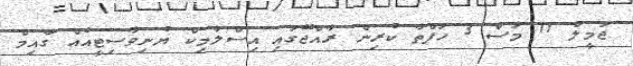
ޖަމީލް 11 މަސް 3 ހަފްތާ ކުރިން ރާއްޖޭގައި އިސްލާމިކް ޔުނިވާސިޓީއެއް ގާއިމް